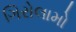
ગિરોલામો